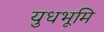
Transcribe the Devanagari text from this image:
युधभूमि